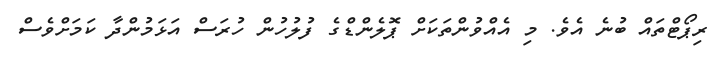
ރިޕޯޓްތައް ބުނެ އެވެ. މި އެއްވުންތަކަށް ޕޮލެންޑްގެ ފުލުހުން ހުރަސް އަޅަމުންދާ ކަމަށްވެސް